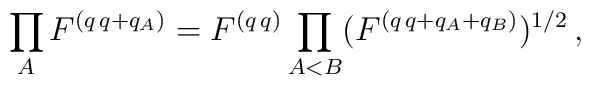
\prod_AF^{(q\,q+q_A)}=F^{(q\,q)}\prod_{A<B}(F^{(q\,q+q_A+q_B)})^{1/2}\,,